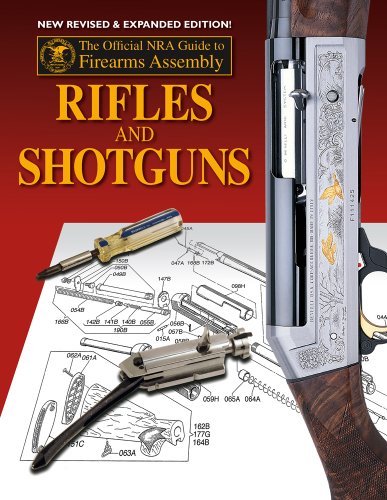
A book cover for Official NRA Guide to Firearms Assembly: Rifles and Shotguns; Joseph Roberts; Crafts, Hobbies & Home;